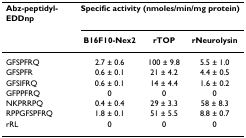
| Abz-peptidyl-EDDnp | <COLSPAN=3> Specific activity (nmoles/min/mg protein) |
 |  | B16F10-Nex2 | rTOP | rNeurolysin |
 | --- | --- | --- | --- |
 | GFSPFRQ | 2.7 ± 0.6 | 100 ± 9.8 | 5.5 ± 1.0 |
 | GFSPFR | 0.6 ± 0.1 | 21 ± 4.2 | 4.4 ± 0.5 |
 | GFSIFRQ | 0.6 ± 0.1 | 14 ± 4.4 | 1.6 ± 0.2 |
 | GFPPFRQ | 0 | 0 | 0 |
 | NKPRRPQ | 0.4 ± 0.4 | 29 ± 3.3 | 58 ± 8.3 |
 | RPPGFSPFRQ | 1.8 ± 0.1 | 51 ± 5.5 | 8.8 ± 0.7 |
 | rRL | 0 | 0 | 0 |